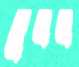
ছুলল